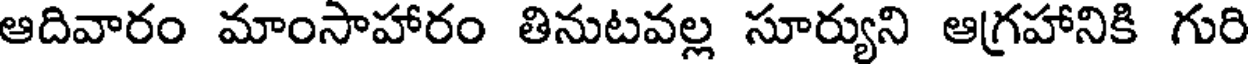
ఆదివారం మాంసాహారం తినుటవల్ల సూర్యుని ఆగ్రహానికి గురి